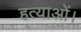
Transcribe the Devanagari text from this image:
हत्याओं।